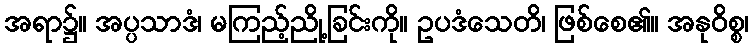
အရာ၌။ အပ္ပသာဒံ၊ မကြည့်ညို့ခြင်းကို။ ဥပဒံသေတိ၊ ဖြစ်စေ၏။ အနုဝိစ္စ၊